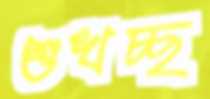
শুখচ্ছ